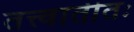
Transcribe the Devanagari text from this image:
तत्त्वातीतः